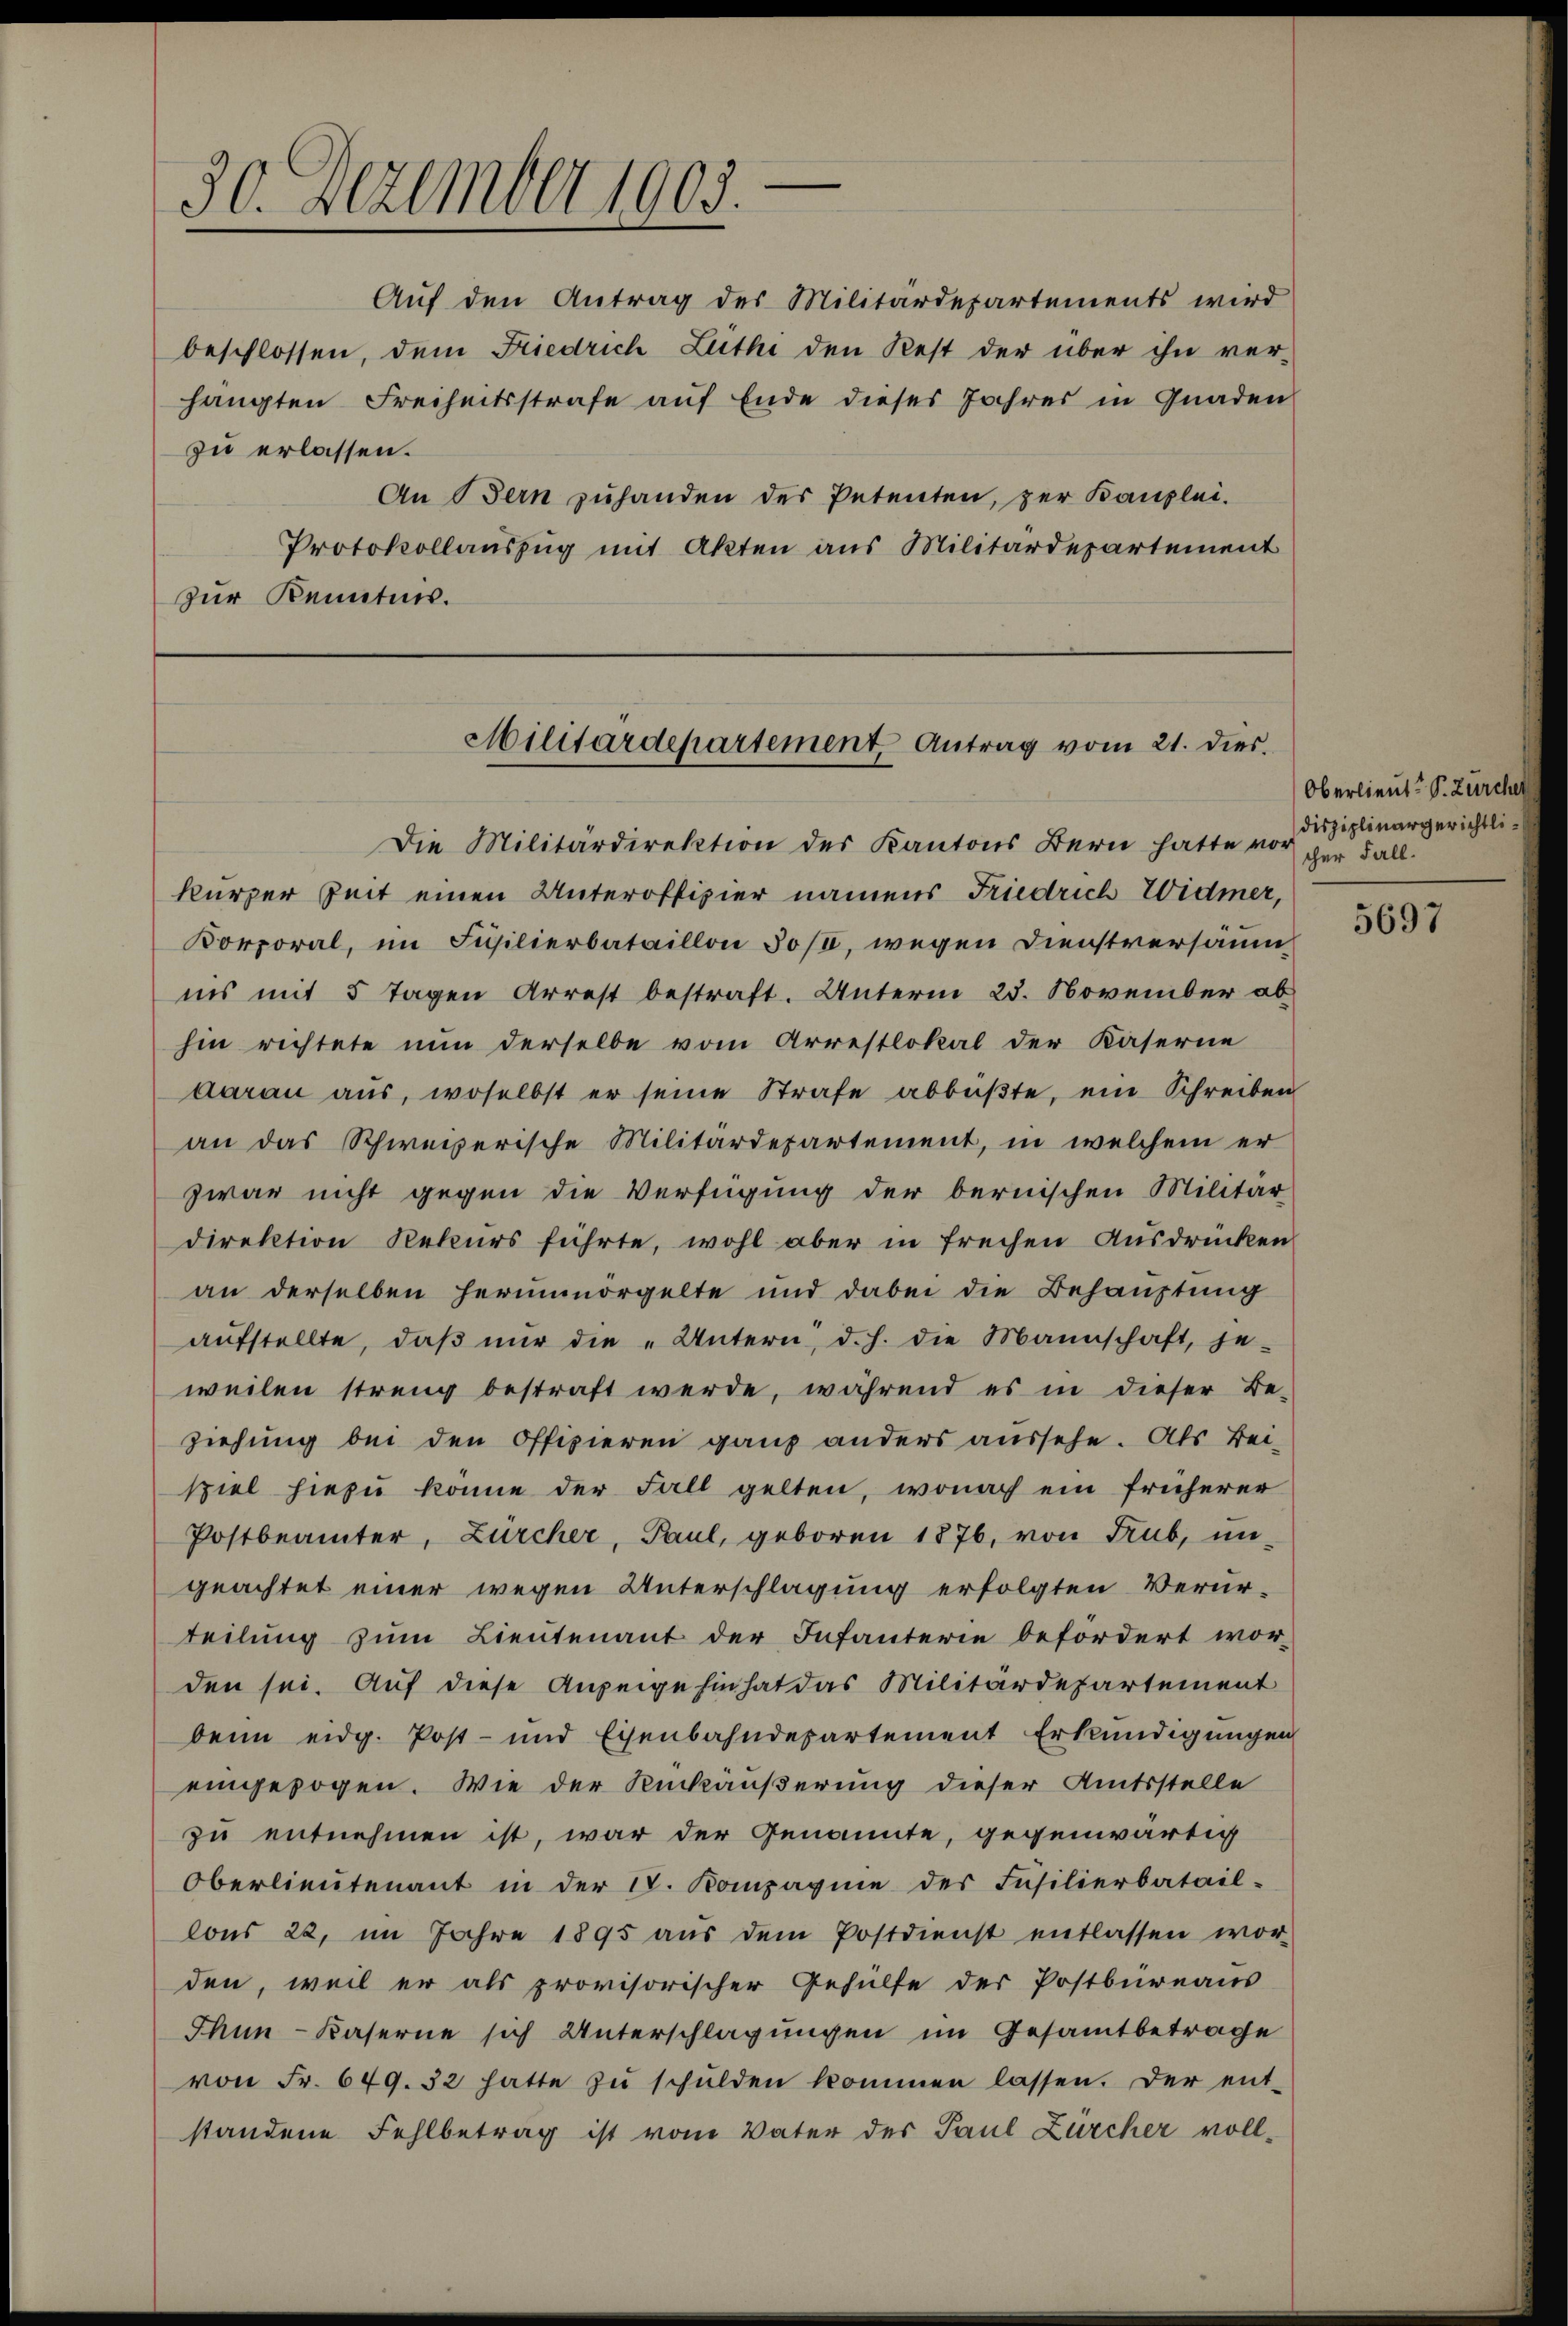
30. Dezember 1905.

Aŭf den Antrag des Militärdepartements wird
beschlossen, dem Friedrich Zuthe den Rest der über ihn ver-
hängten Freiheitsstrafe auf Ende dieses Jahres in Gnaden
zu erlassen.
An Bern zuhanden des Petenten, zur Kanzlei-
Protokollauszug mit Akten aus Militärdepartement
zur Kenntnis.

Militärdepartement Antrag vom 21. dies.

Die Militärdirektion des Kantons Bern hatte vor
kurzer Zeit einen Unteroffizier namens Friedrich Widmer,
Korporal, im Fusilierbataillon 30/1, wegen Dienstversäumins mit 5 Tagen Arrest bestraft. Unterm 25. November ab
hin richtete nun derselbe vom Arrestlokal der Kaserne
daran aŭs, woselbst er seine Strafe abbüβte, ein Schreiben
an das Schweizerische Militärdepartement, in welchem er
zwar nicht gegen die Verfügung der bernischen Militär-
direktion Rekurs führte, wohl aber in freihen Ausdrücken
an derselben herunmorgelte und dabei die Behauptung
aŭfstellte, daβ nŭr die „Untern, d. h. die Mannschaft, je-
weilen streng bestraft werde, während es in dieser Be-
ziehung bei den Offizieren ganz anders aussehe. Als Bei-
spiel hiezu könne der Fall gelten, wonach ein früherer
Postbeamter, Zürcher, Paul, geboren 1876, von Trub, ungeachtet einer wegen Unterschlagung erfolgten Verurteilung zum Lieutenant der Infanterie befördert wor-
den sei. Auf diese Anzeige hin hat das Militärdepartement
beim eidg. Post- und Eisenbahndepartement Erkundigungen
eingezogen. Wie der Rückäußerung dieser Amtsstelle
zu entnehmen ist, war der Genannte, gegenwärtig
Oberlieŭtenant in der I. Kompagnie der Füsilierbatail-
lons 22, im Jahre 1895 aŭs dem Postdienst entlassen wor-
den, weil er als provisorischer Gehülfe der Postbüreaus
Thun-Kaserne sich Unterschlagungen im Gesamtbetrage
von Fr. 649. 32 hatte zŭ schŭlden kommen lassen. Der ent-
standene Fehlbetrag ist vom Vater des Paul Zürcher voll¬

Oberlieut. P. Zürcher
Disziplinargerichtlicher Fall.

5697